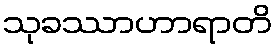
သုခဿာဟာရာတိ